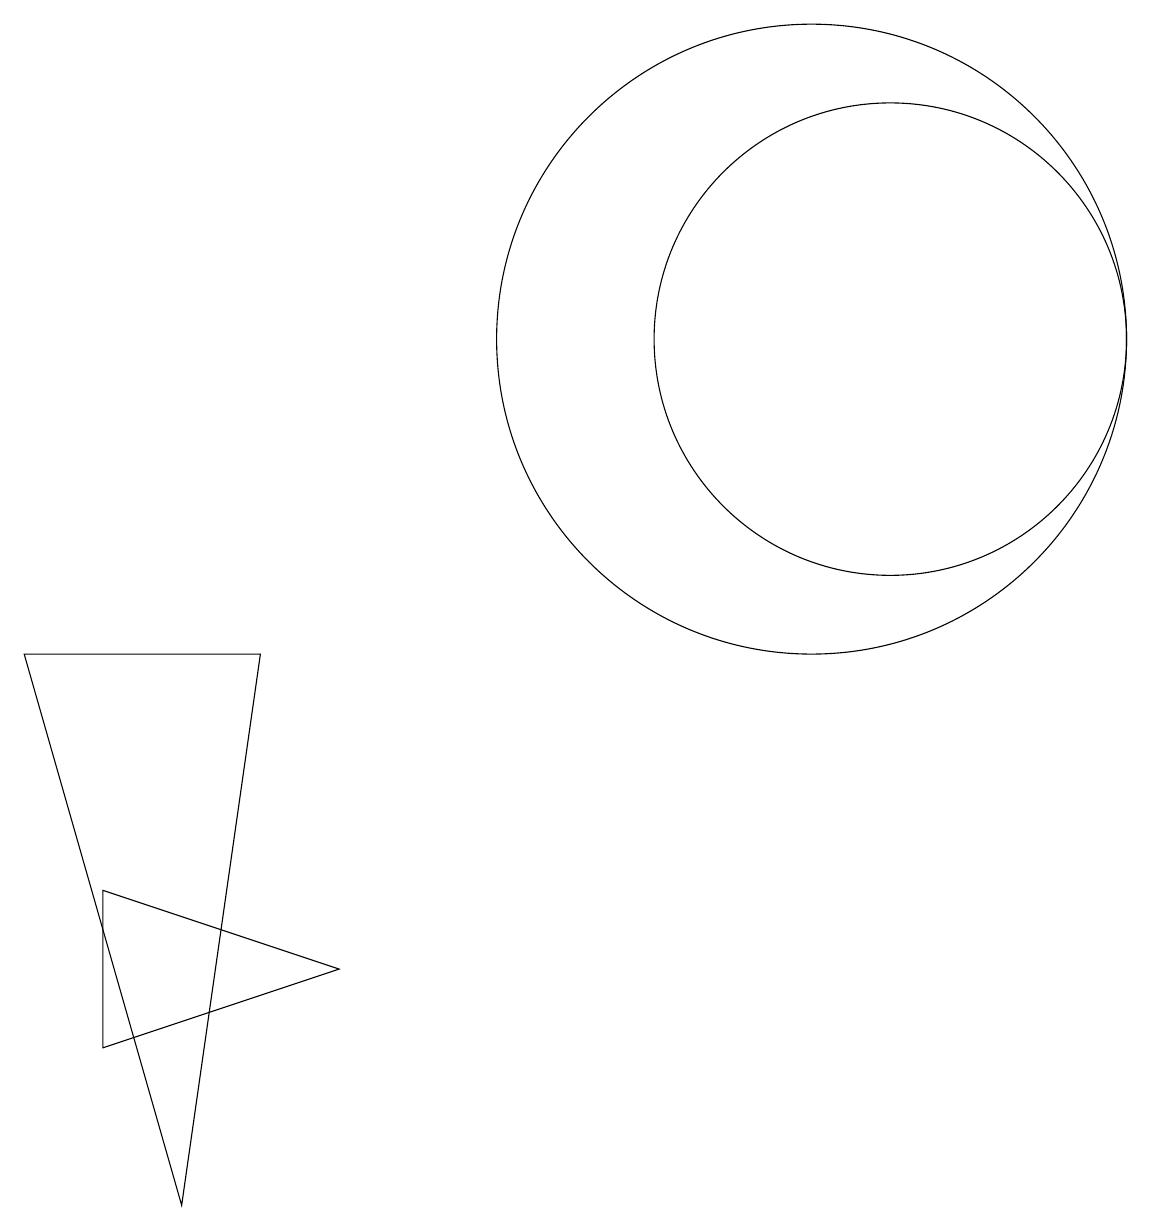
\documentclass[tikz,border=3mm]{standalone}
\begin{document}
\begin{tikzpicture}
\draw (4,3) -- (1,2) -- (1,4) -- cycle;
\draw (11,11) circle (3);
\draw (10,11) circle (4);
\draw (3,7) -- (2,0) -- (0,7) -- cycle;
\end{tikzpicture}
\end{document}